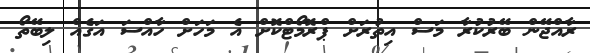
ރާއްޖޭން ބޭރުކުރާ މަސް އިތުރަށް ޕްރޮމޯޓްކޮށް އެ މަހަށް ހާއްސަ އަގެއް ލިބޭތޯ